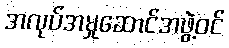
အလုပ်အမှုဆောင်အဖွဲ့ဝင်